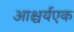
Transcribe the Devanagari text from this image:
आश्चर्यएक